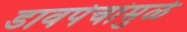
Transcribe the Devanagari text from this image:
डावपेचांमुळे